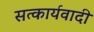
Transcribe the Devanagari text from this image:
सत्कार्यवादी